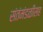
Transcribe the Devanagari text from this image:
संतंमंडळींसह